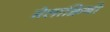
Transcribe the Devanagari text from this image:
मेलाक्रिनो